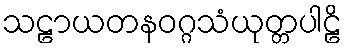
သဠာယတနဝဂ္ဂသံယုတ္တပါဠိ